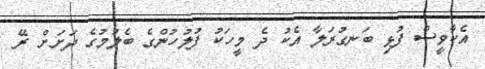
އެކާވީސް ފުޅި ބަނގުރަލާ އެކު ދެ މީހަކު ފުލުހުންގެ ބެލުމުގެ ދަށަށް ރޭ